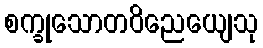
စက္ခုသောတဝိညေယျေသု